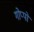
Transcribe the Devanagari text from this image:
गोप्पो